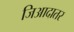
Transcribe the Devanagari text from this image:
जिआदातर